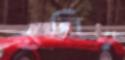
হালিদ